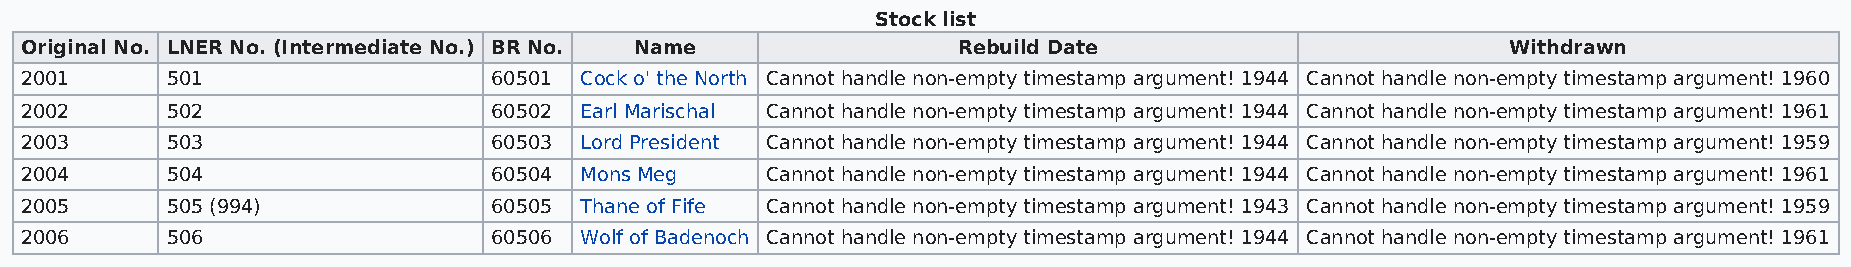
Stock list
 Original No. LNER No. (Intermediate No.) BR No. Name          Rebuild Date                         Withdrawn
 2001      501                  60501 Cock o' the North Cannot handle non-empty timestamp argument! 1944 Cannot handle non-empty timestamp argument! 1960
 2002      502                  60502 Earl Marischal Cannot handle non-empty timestamp argument! 1944 Cannot handle non-empty timestamp argument! 1961
 2003      503                  60503 Lord President Cannot handle non-empty timestamp argument! 1944 Cannot handle non-empty timestamp argument! 1959
 2004      504                  60504 Mons Meg     Cannot handle non-empty timestamp argument! 1944 Cannot handle non-empty timestamp argument! 1961
 2005      505 (994)            60505 Thane of Fife Cannot handle non-empty timestamp argument! 1943 Cannot handle non-empty timestamp argument! 1959
 2006      506                  60506 Wolf of Badenoch Cannot handle non-empty timestamp argument! 1944 Cannot handle non-empty timestamp argument! 1961